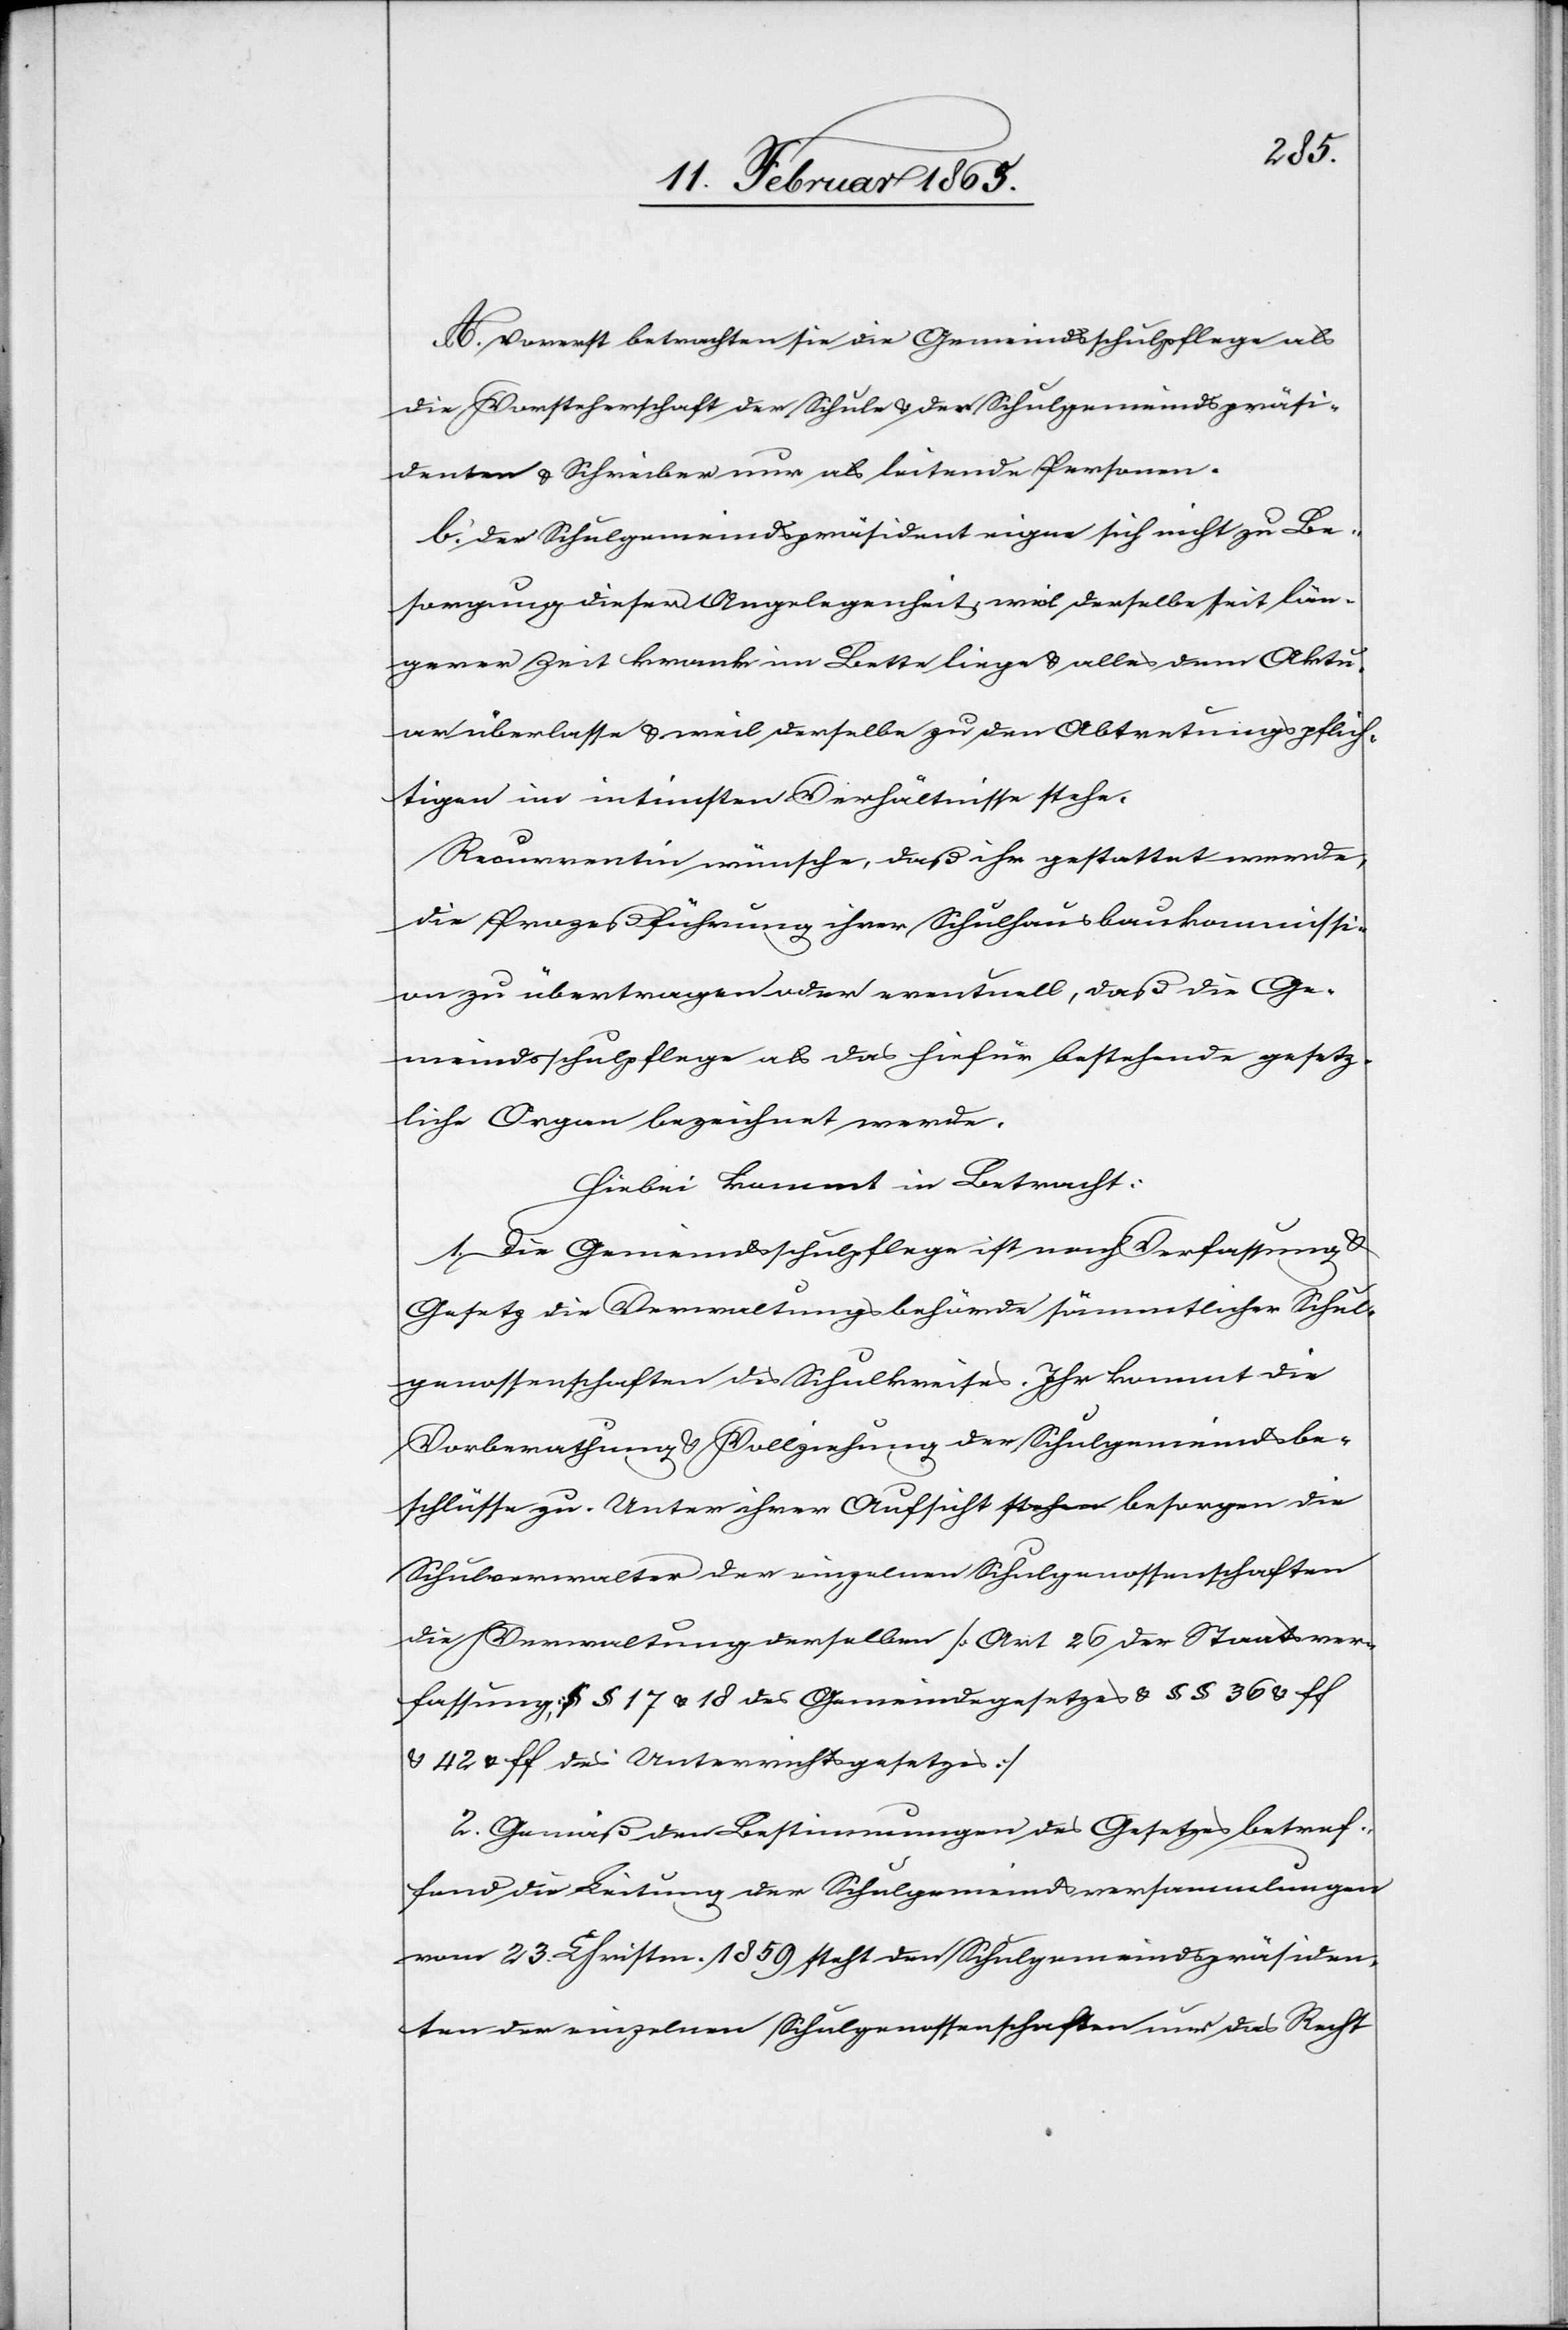
sver¬
a.] Vorerst betrachten sie die Gemeindsschulpflege als
die Vorsteherschaft der Schule u. der Schulgemeindspräsi¬
denten u. Schreiber nur als leitende Personen.
b. Der Schulgemeindspräsident eigne sich nicht zu Be¬
sorgung dieser Angelegenheit, weil derselbe seit län¬
gerer Zeit krank im Bette liege u. alles dem Aktu¬
ar überlasse u. weil derselbe zu den Abtretungspflich¬
tigen im intimsten Verhältnisse stehe.
Recurrentin wünsche, daß ihr gestattet werde,
die Prozeßführung ihrer Schulhausbaukommissi¬
on zu übertragen oder eventuell, daß die Ge¬
meindsschulpflege als das hiefür bestehende gesetz¬
liche Organ bezeichnet werde.
Hiebei kommt in Betracht:
1. Die Gemeindsschulpflege ist nach Verfassung u.
Gesetz die Verwaltungsbehörde sämmtlicher Schul¬
genossenschaften des Schulkreises. Ihr kommt die
Vorberathung u. Vollziehung der Schulgemeindsbe¬
schlüsse zu. Unter ihrer Aufsicht besorgen die Schulverwal¬
fassung § 17 u. 18 des Gemeindegesetzes u. § § 36 u. ff
u. 42 u. ff des Unterrichtsgesetzes]
2. Gemäß den Bestimmungen des Gesetzes betref¬
fend die Leitung der Schulgemeindsversammlungen
vom 23. Christm. 1859 steht den Schulgemeindspräsiden¬
ten der einzelnen Schulgenossenschaften nur das Recht